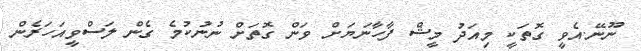
ނޫނޭ.އެވީ ގޮތަކީ މިއަދު މީޝް ފާހާނަޔަށް ވަން ގޮތަށް ނުނުކުމެ ގެން ލަސްވީއަހަރެން